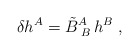
\begin{align*}\delta h^A= \tilde B^A_{\;B}\, h^B \ ,\end{align*}